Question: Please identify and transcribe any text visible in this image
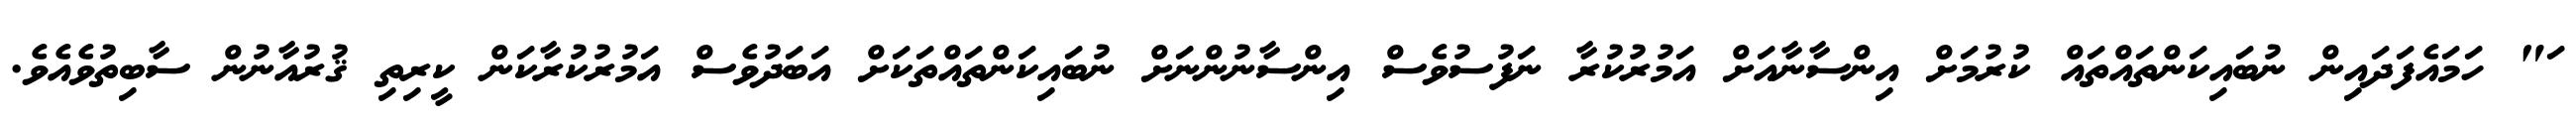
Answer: ަ" ހަމައެފަދައިން ނުބައިކަންތައްތައް ކުރުމަށް އިންސާނާއަށް އަމުރުކުރާ ނަފުސުވެސް އިންސާނުންނަށް ނުބައިކަންތައްތަކަށް އަބަދުވެސް އަމުރުކުރާކަން ކީރިތި ޤުރުއާނުން ސާބިތުވެއެވެ.